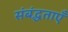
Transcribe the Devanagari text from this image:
संबंद्धताएँ